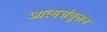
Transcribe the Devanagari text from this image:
आत्मसंतुलन